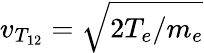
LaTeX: v_{T_{12}}=\sqrt{2T_{e}/m_{e}}